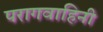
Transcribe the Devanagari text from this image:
परागवाहिनी